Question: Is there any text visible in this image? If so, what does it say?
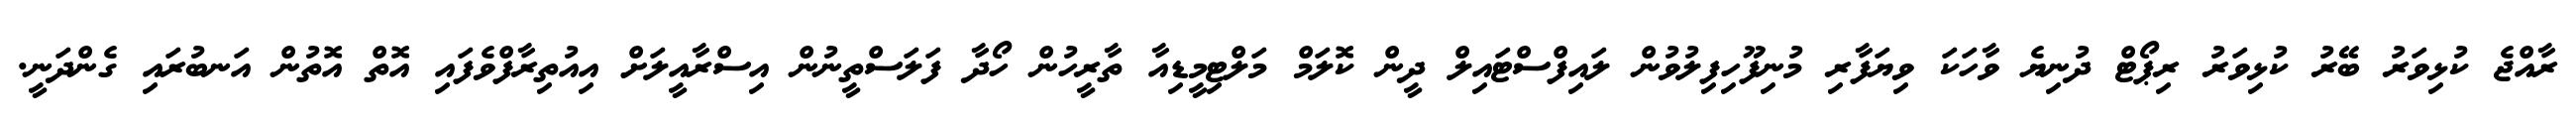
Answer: ރާއްޖެ ކުޅިވަރު ބޭރު ކުޅިވަރު ރިޕޯޓް ދުނިޔެ ވާހަކަ ވިޔަފާރި މުނިފޫހިފިލުވުން ލައިފްސްޓައިލް ދީން ކޮލަމް މަލްޓިމީޑިއާ ތާރީހުން ހޯދާ ފަލަސްތީނުން އިސްރާއީލަށް އިއުތިރާފްވެފައި އޮތް އޮތުން އަނބުރައި ގެންދަނީ.